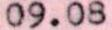
09.08